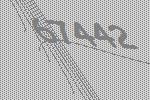
67442